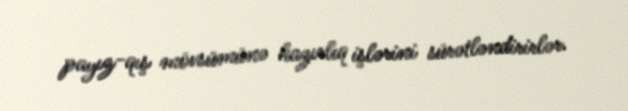
payız-qış mövsümünə hazırlıq işlərini sürətləndirirlər.